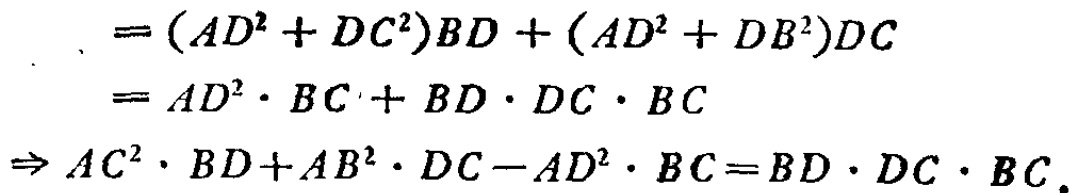
\[

\begin{align*}

&=(AD^{2}+DC^{2})BD+(AD^{2}+DB^{2})DC\\

&=AD^{2}\cdot BC + BD\cdot DC\cdot BC\\

\Rightarrow&AC^{2}\cdot BD + AB^{2}\cdot DC - AD^{2}\cdot BC=BD\cdot DC\cdot BC.

\end{align*}

\]